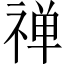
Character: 禅